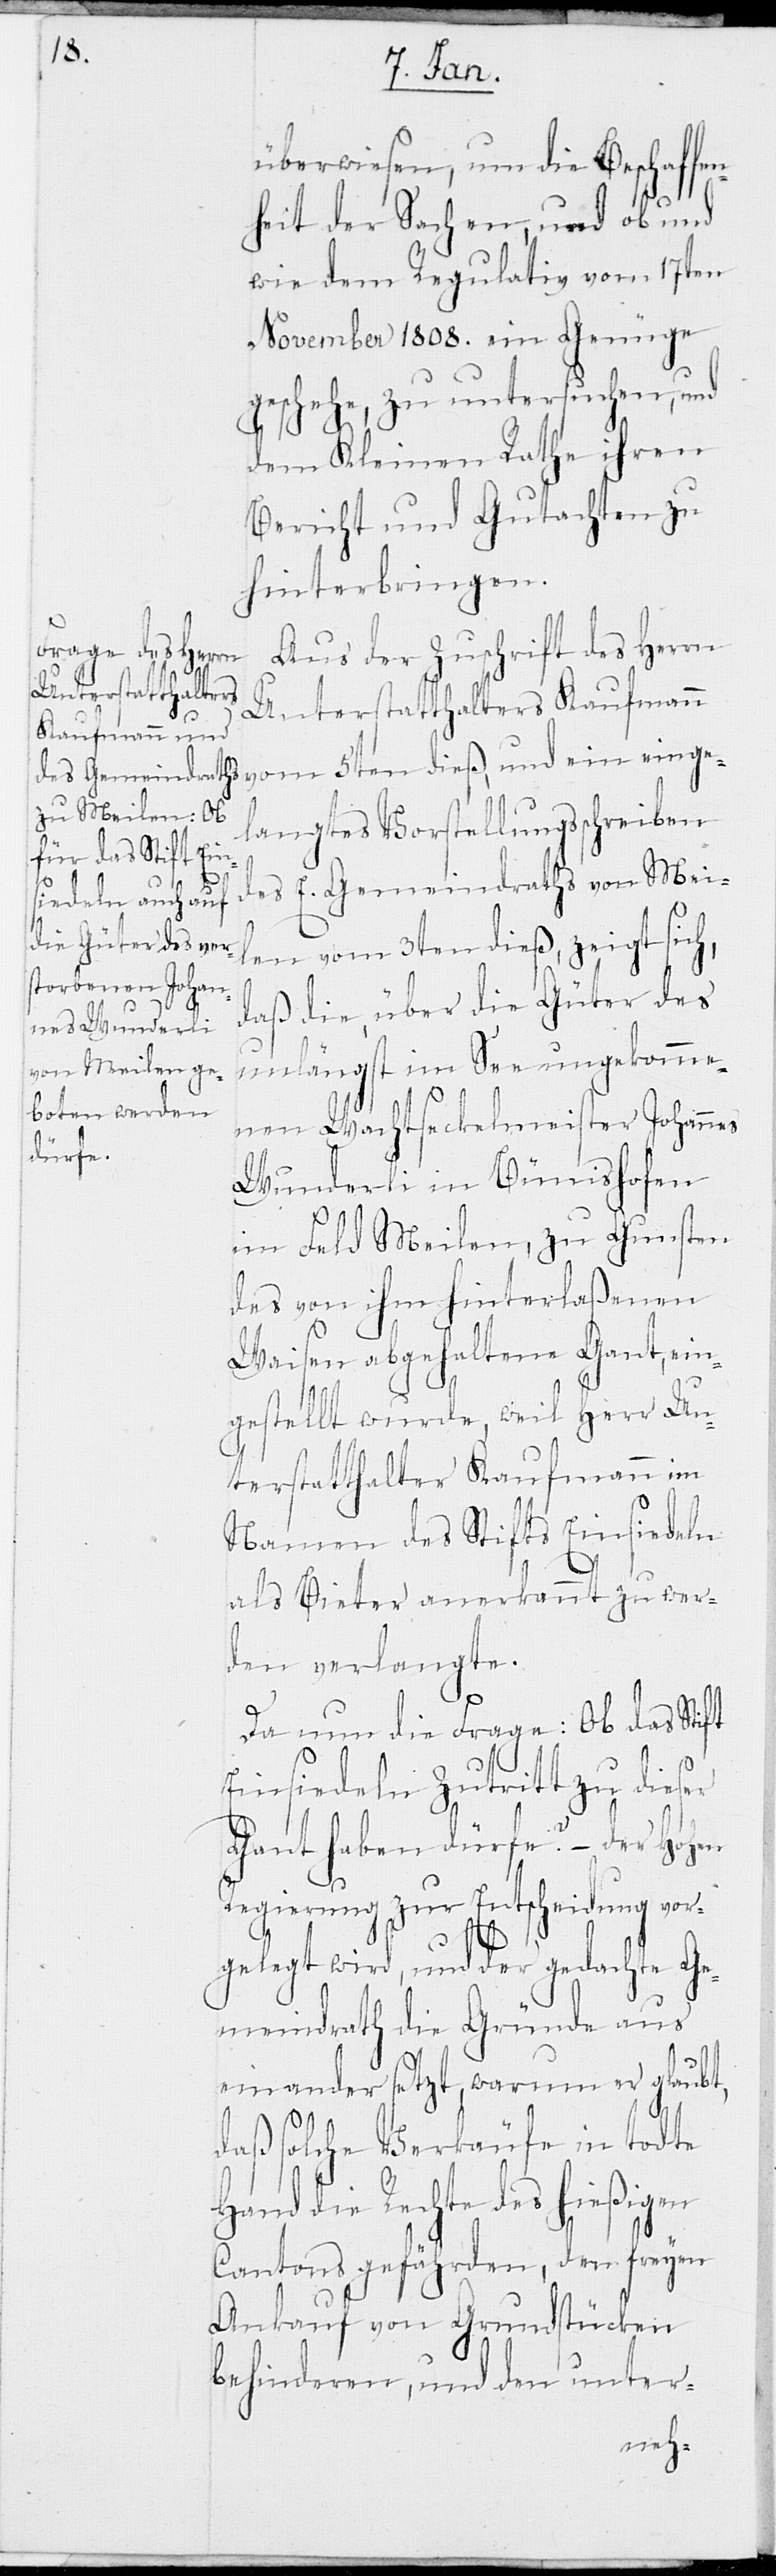
überwiesen, um die Beschaffen¬
heit der Sachen, und ob und
wie dem Regulativ vom 17ten
November 1808. ein Genüge
geschehe, zu untersuchen, und
dem Kleinen Rathe ihren
Bericht und Gutachten zu
hinterbringen.
Aus der Zuschrift des Herrn
Unterstatthalters Kaufmann
vom 5ten dieß, und ein einge¬
langtes Vorstellungsschreiben
des E. Gemeindraths von Mei¬
len vom 3ten dieß, zeigt sich,
dass die, über die Güter des
unlängst im See umgekomme¬
nen Wachtseckelmeister Johannes
Wunderli in Bünishofen
im Feld Meilen, zu Gunsten
des von ihm hinterlaßenen
Waisen abgehaltene Gant, ein¬
gestellt wurde, weil Herr Un¬
terstatthalter Kaufmann im
Namen des Stifts Einsiedeln
als Bieter anerkannt zu wer¬
den verlangte.
Da nun die Frage: Ob das Stift
Einsiedeln Zutritt zu dieser
Gant haben dürfe? – der Hohen
Regierung zur Entscheidung vor¬
gelegt wird, und der gedachte Ge¬
meindrath die Gründe aus¬
einander setzt, warum er glaubt,
daß solche Verkäufe in todte
Hand die Rechte des hiesigen
Cantons gefährden, den freyen
Ankauf von Grundstücken
behinderen, und den unter-